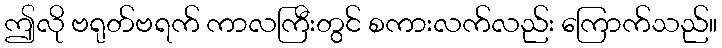
ဤလို ဗရုတ်ဗရက် ကာလကြီးတွင် စကားလက်လည်း ကြောက်သည်။